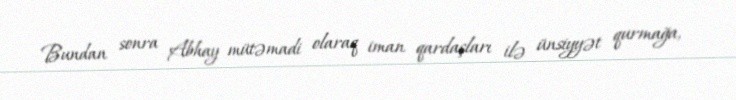
Bundan sonra Abhay mütəmadi olaraq iman qardaşları ilə ünsiyyət qurmağa,